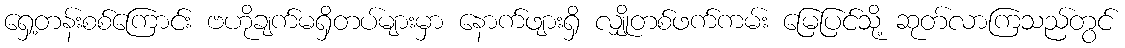
ရှေ့တန်းစစ်ကြောင်း ဗဟိုချက်မရှိတပ်များမှာ နောက်ဖျားရှိ လျှိုတစ်ဖက်ကမ်း မြေပြင်သို့ ဆုတ်လာကြသည်တွင်